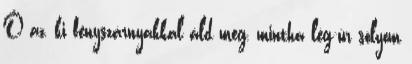
Ő az, ki fényszárnyakkal áld meg, mintha lég-úr sólyom